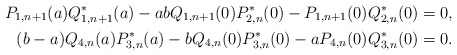
\begin{align*} P_{1,n+1}(a)Q_{1,n+1}^*(a)-a b Q_{1,n+1}(0)P_{2,n}^*(0)-P_{1,n+1}(0)Q_{2,n}^*(0)=0, \\ (b-a)Q_{4,n}(a)P_{3,n}^*(a) - b Q_{4,n}(0)P_{3,n}^*(0) - a P_{4,n}(0)Q_{3,n}^*(0) = 0. \end{align*}